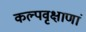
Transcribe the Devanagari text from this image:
कल्पवृक्षाणां